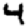
Digit: 4